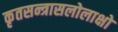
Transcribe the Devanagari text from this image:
कृतसन्त्रासलोलाक्षो